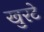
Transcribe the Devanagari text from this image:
खुरटे